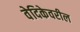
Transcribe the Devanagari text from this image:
वेदिकेवरील